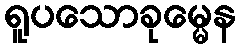
ရူပသောခုမ္မေန